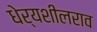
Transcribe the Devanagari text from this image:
धेर्यशीलराव